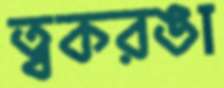
ত্বকরঙা